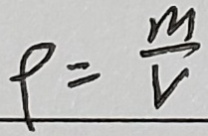
\rho = \frac { m } { v }